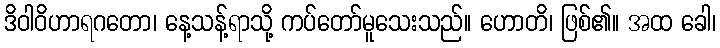
ဒိဝါဝိဟာရဂတော၊ နေ့သန့်ရာသို့ ကပ်တော်မူသေးသည်။ ဟောတိ၊ ဖြစ်၏။ အထ ခေါ၊